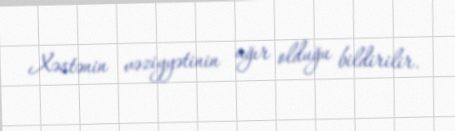
Xəstənin vəziyyətinin ağır olduğu bildirilir.